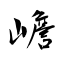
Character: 嶦